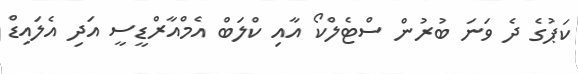
ކަޕުގެ ދެ ވަނަ ބުރުން ސްޓެލްކޯ އާއި ކްލަބް އެމްއާރްޑީސީ އަދި އެލައިޑް